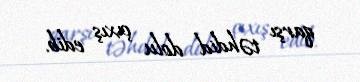
qarşı təhdid dolu çıxış edib.